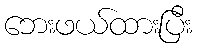
ဘေးဖယ်ထားပြီး